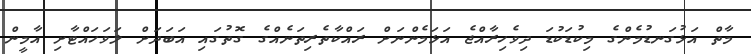
މާތް އަޅުގަނޑުމެންގެ މިކުޑަކުޑަ ދިވެހިރާއްޖެ އަޅަމެންނަށް ރައްކާތެރިތަނެއްގެ ގޮތުގައި އަބަދަށް ލަވަހައްޓާށި އާމީން